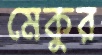
মেকুর